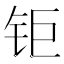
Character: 钜